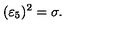
( \varepsilon _ { 5 } ) ^ { 2 } = \sigma .